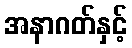
အနာဂတ်နှင့်